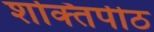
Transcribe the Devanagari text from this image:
शक्‍तिपीठ